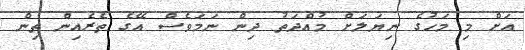
އަށް މި މަހުގެ ނިޔަލަށް މުއްދަތު ދިން ނަމަވެސް އޭގެ ތެރެއިން ތިން